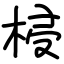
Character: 梫